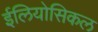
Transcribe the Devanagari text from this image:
ईलियोसिकल